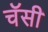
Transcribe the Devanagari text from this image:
चॅसी